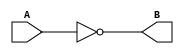
module inverter(A, B);
input A;
output B;

assign B = ~A;

endmodule